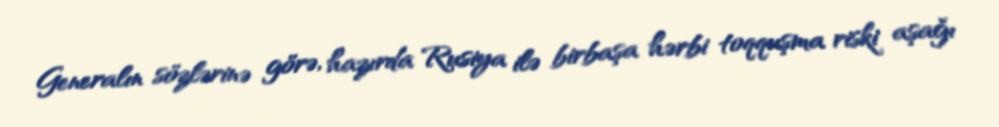
Generalın sözlərinə görə, hazırda Rusiya ilə birbaşa hərbi toqquşma riski aşağı